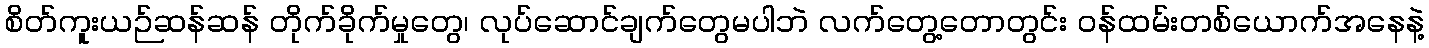
စိတ်ကူးယဉ်ဆန်ဆန် တိုက်ခိုက်မှုတွေ၊ လုပ်ဆောင်ချက်တွေမပါဘဲ လက်တွေ့တောတွင်း ဝန်ထမ်းတစ်ယောက်အနေနဲ့